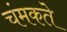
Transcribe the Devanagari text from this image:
चंमकते